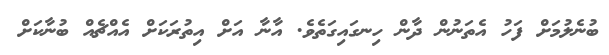
ބުނެލުމަށް ފަހު އެތަނުން ދާން ހިނގައިގަތެވެ. އާނާ އަށް އިތުރަކަށް އެއްޗެއް ބުނާކަށް